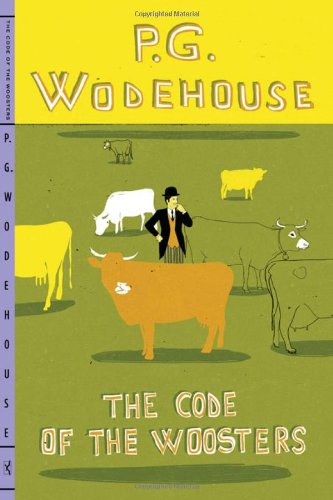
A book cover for The Code of the Woosters; P. G. Wodehouse; Literature & Fiction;